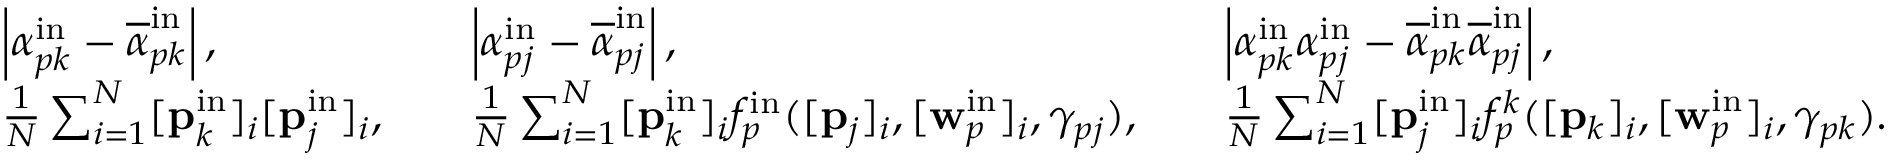
\begin{array} { r l r l r l } & { \left| \alpha _ { p k } ^ { \mathrm { i n } } - \overline { { \alpha } } _ { p k } ^ { \mathrm { i n } } \right| , } & & { \left| \alpha _ { p j } ^ { \mathrm { i n } } - \overline { { \alpha } } _ { p j } ^ { \mathrm { i n } } \right| , } & & { \left| \alpha _ { p k } ^ { \mathrm { i n } } \alpha _ { p j } ^ { \mathrm { i n } } - \overline { { \alpha } } _ { p k } ^ { \mathrm { i n } } \overline { { \alpha } } _ { p j } ^ { \mathrm { i n } } \right| , } \\ & { \frac { 1 } { N } \sum _ { i = 1 } ^ { N } [ \mathbf { p } _ { k } ^ { \mathrm { i n } } ] _ { i } [ \mathbf { p } _ { j } ^ { \mathrm { i n } } ] _ { i } , } & & { \frac { 1 } { N } \sum _ { i = 1 } ^ { N } [ \mathbf { p } _ { k } ^ { \mathrm { i n } } ] _ { i } f _ { p } ^ { \mathrm { i n } } ( [ \mathbf { p } _ { j } ] _ { i } , [ \mathbf { w } _ { p } ^ { \mathrm { i n } } ] _ { i } , \gamma _ { p j } ) , } & & { \frac { 1 } { N } \sum _ { i = 1 } ^ { N } [ \mathbf { p } _ { j } ^ { \mathrm { i n } } ] _ { i } f _ { p } ^ { k } ( [ \mathbf { p } _ { k } ] _ { i } , [ \mathbf { w } _ { p } ^ { \mathrm { i n } } ] _ { i } , \gamma _ { p k } ) . } \end{array}